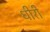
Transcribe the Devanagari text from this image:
धीरी